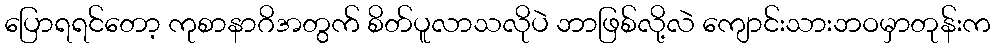
ပြောရရင်တော့ ကုစာနာဂိအတွက် စိတ်ပူလာသလိုပဲ ဘာဖြစ်လို့လဲ ကျောင်းသားဘဝမှာတုန်းက